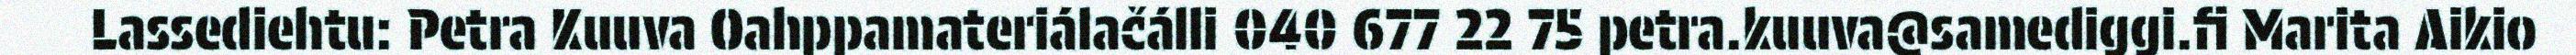
Lassediehtu: Petra Kuuva Oahppamateriálačálli 040 677 22 75 petra.kuuva@samediggi.fi Marita Aikio